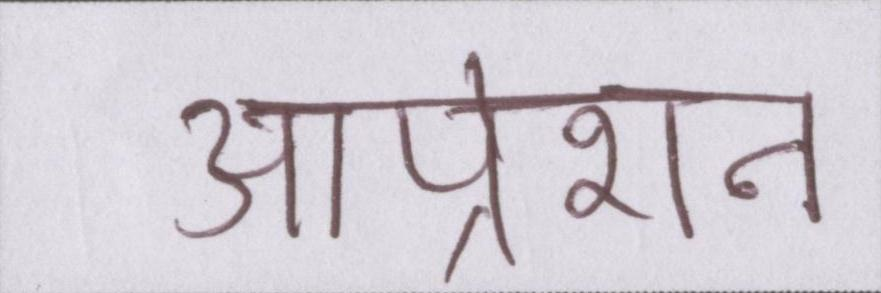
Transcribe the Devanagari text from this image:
आप्रेशन